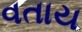
વતાય